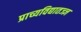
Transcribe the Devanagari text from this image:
प्राच्यविद्यातज्ज्ञ